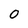
Character: 0